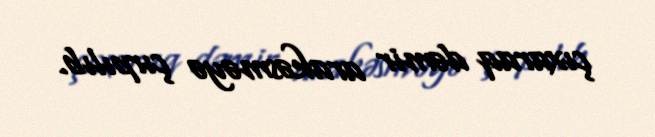
çıxaraq dəmir arakəsməyə çırpılıb.